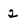
Character: 2